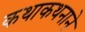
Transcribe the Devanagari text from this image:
कथाकथनाने